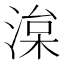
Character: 𭱠